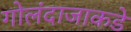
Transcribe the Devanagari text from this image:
गोलंदाजाकडे